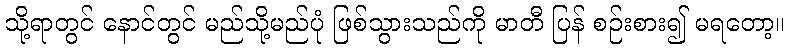
သို့ရာတွင် နောင်တွင် မည်သို့မည်ပုံ ဖြစ်သွားသည်ကို မာတီ ပြန် စဉ်းစား၍ မရတော့။